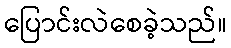
ပြောင်းလဲစေခဲ့သည်။